system: You are a helpful assistant.
user:
Analyze the provided spectrum to determine if it is a **"Cataclysmic Variables (CV)"**.

- **Key Indicators for CV (Check for either state):**
    - **State 1: Quiescent / Low-State (Emission-Dominated)**
        - **(Primary):** Strong and *very broad* Hydrogen Balmer emission lines (e.g., $H\alpha$ at 6563 Å, $H\beta$ at 4861 Å). The 'broadness' (high velocity dispersion, often FWHM > 1000 km/s) is the key diagnostic, indicating a high-velocity accretion disk.
        - **(Secondary):** Broad neutral Helium (He I) emission lines (e.g., 5876 Å, 6678 Å).
        - **(Key Confirmation):** Presence of high-excitation *ionized* Helium (He II) emission at 4686 Å. This is a strong indicator of accretion onto a white dwarf.
        - **(Line Profile):** Emission lines may exhibit a 'double-peaked' profile, which is a classic signature of a rotating accretion disk viewed at high inclination.

    - **State 2: Outburst / High-State (Absorption-Dominated)**
        - **(Primary):** Spectrum is dominated by a bright, blue continuum (looks like a hot star).
        - **(Secondary):** The emission lines from State 1 are weak, absent, or 'filled in', and are replaced by broad, shallow *absorption* lines (primarily Balmer and He I).
        - **(Morphology):** The overall spectrum mimics a hot B/A-type star. The crucial difference is that the absorption lines are significantly broader, shallower, and more 'washed-out' (or 'smeared') than the sharp lines of a normal stellar photosphere, due to high rotational speeds and pressure broadening in the disk.

Think first, call **spectral_visualization_tool** if needed to examine features in detail, then provide your final answer. Your response must adhere to the following strict rules:
1.  **Overall Structure:** Your response must follow the format `<think>...</think> <tool_call>...</tool_call> (if a tool is used) <answer>...</answer>`.
2.  **Tool Usage Constraint:** You may only make **one** tool call per turn.
3.  **Final Answer Format:** In the `<answer>` tag, your conclusion must be inside a `\boxed{}` command (e.g., `\boxed{YES}`), followed by your justification.

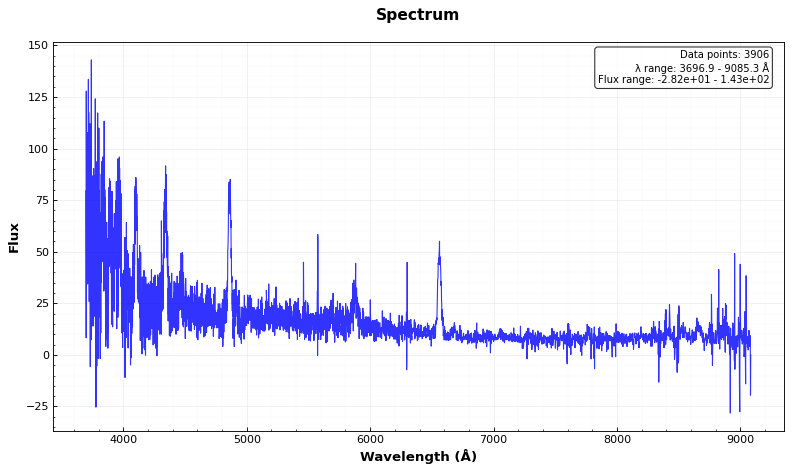
Answer: YES